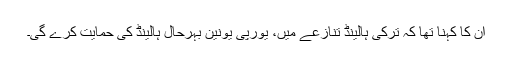
ان کا کہنا تھا کہ ترکی ہالینڈ تنازعے میں، یورپی یونین بہرحال ہالینڈ کی حمایت کرے گی۔